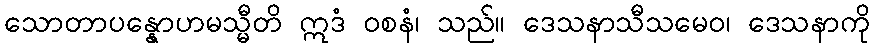
သောတာပန္နောဟမသ္မီတိ ဣဒံ ဝစနံ၊ သည်။ ဒေသနာသီသမေဝ၊ ဒေသနာကို